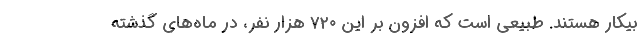
بیکار هستند. طبیعی است که افزون بر این ۷۲۰ هزار نفر، در ماه‌های گذشته